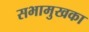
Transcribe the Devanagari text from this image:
सभामुखका